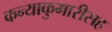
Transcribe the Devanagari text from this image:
कन्याकुमारीसह